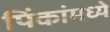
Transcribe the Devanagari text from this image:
पिंकांमध्ये